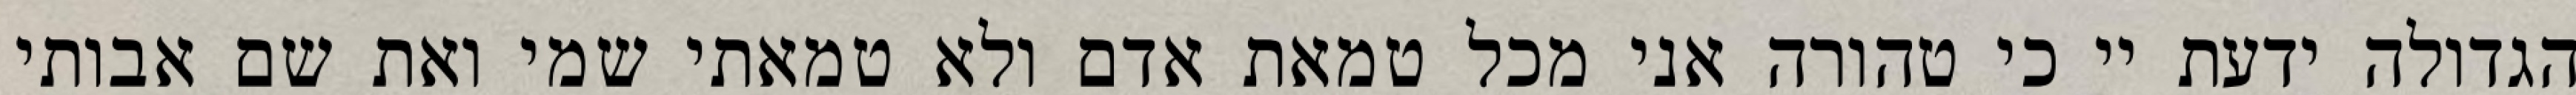
הגדולה ידעת יי כי טהורה אני מכל טמאת אדם ולא טמאתי שמי ואת שם אבותי